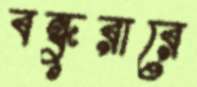
বন্ধুরারে